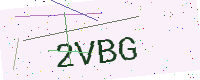
Text: 2VBG